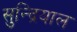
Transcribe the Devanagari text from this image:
सुन्द्रियाल